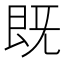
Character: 既